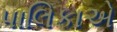
પાલિકાએ